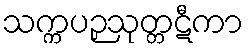
သက္ကပဉှသုတ္တဋီကာ